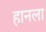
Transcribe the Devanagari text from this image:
हानला